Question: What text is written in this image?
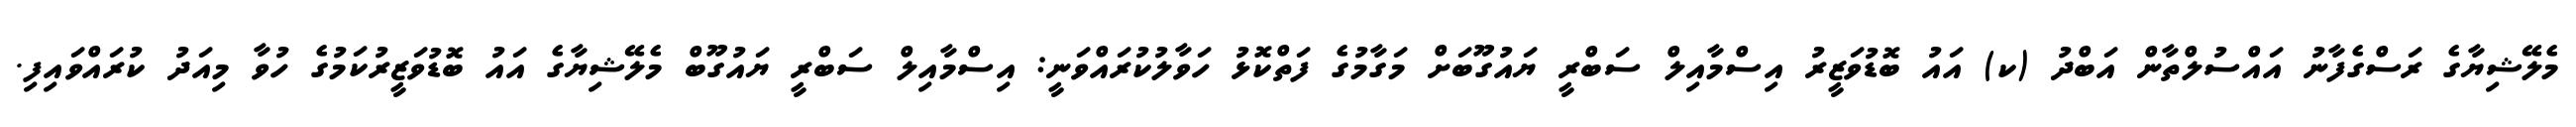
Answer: މެލޭޝިޔާގެ ރަސްގެފާނު އައްސުލްތާން އަބްދު (ކ) އައު ބޮޑުވަޒީރު އިސްމާއިލް ސަބްރީ ޔައުގޫބަށް މަގާމުގެ ފަތްކޮޅު ހަވާލުކުރައްވަނީ: އިސްމާއިލް ސަބްރީ ޔައުގޫބް މެލޭޝިޔާގެ އައު ބޮޑުވަޒީރުކަމުގެ ހުވާ މިއަދު ކުރައްވައިފި.